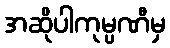
အဆိုပါကုမ္ပဏီမှ